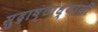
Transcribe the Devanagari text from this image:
सुद्राष्टाध्यायी